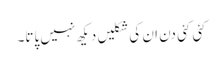
کئی کئی دن ان کی شکلیں دیکھ نہیں پاتا۔